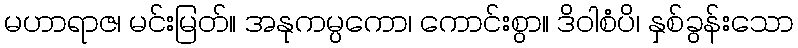
မဟာရာဇ၊ မင်းမြတ်။ အနုကမ္ပကော၊ ကောင်းစွာ။ ဒိဝါစံပိ၊ နှစ်ခွန်းသော